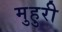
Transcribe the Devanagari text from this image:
मुहुरी